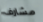
مشارف